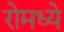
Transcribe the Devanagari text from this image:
रोमध्ये